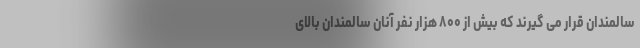
سالمندان قرار می گیرند که بیش از ۸۰۰ هزار نفر آنان سالمندان بالای